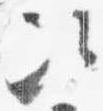
次